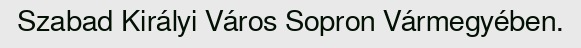
Szabad Királyi Város Sopron Vármegyében.